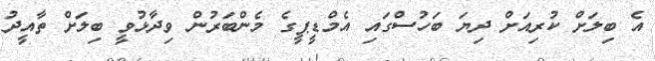
އެ ބިލަށް ކުރިއަށް ދިޔަ ބަހުސްގައި އެމްޑީޕީގެ މެންބަރުން ވިދާޅުވީ ބިލަށް ތާއީދު